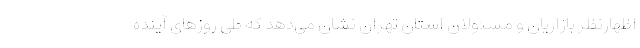
اظهارنظر بازاریان و مسئولان استان تهران نشان می‌دهد که طی روزهای آینده